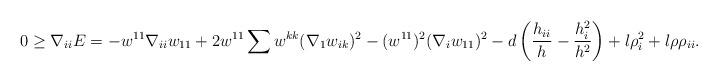
LaTeX: \begin{align*}0\geq \nabla_{ii}E&=-w^{11}\nabla_{ii}w_{11}+2w^{11}\sum w^{kk}(\nabla_{1}w_{ik})^{2}-(w^{11})^{2}(\nabla_{i}w_{11})^{2}-d\left(\frac{h_{ii}}{h}-\frac{h^{2}_{i}}{h^{2}}\right)+l\rho^{2}_{i}+l\rho \rho_{ii}.\end{align*}